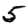
Digit: 5